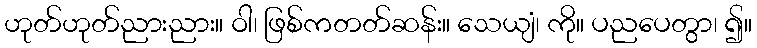
ဟုတ်ဟုတ်ညားညား။ ဝါ၊ ဖြစ်ကတတ်ဆန်း။ သေယျံ၊ ကို။ ပညပေတွာ၊ ၍။